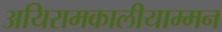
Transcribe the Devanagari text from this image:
अयिरामकालीयाम्मन